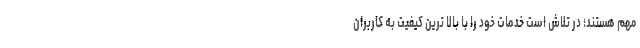
مهم هستند؛ در تلاش است خدمات خود را با بالا ترین کیفیت به کاربران